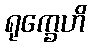
ရုက္ခေဟိ